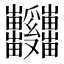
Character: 𱱆